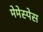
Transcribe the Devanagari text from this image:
मेमेस्पेस